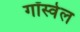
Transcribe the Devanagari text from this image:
गॉस्वेल